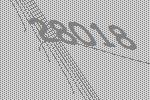
28018